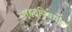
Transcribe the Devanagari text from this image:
अर्हद्विषयक